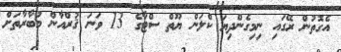
އެގޮތުން ރޭގައި ނިމިގެންދިޔަ ކްލަން ޔޫތް ސްޓާގެ 13 ވަނަ ޤުރްއާން މުބާރާތަށް